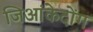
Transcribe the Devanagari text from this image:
जिआंकेदोंग